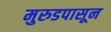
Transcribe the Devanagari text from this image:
मुरुडपासून